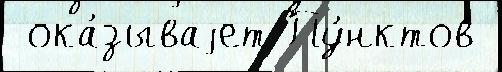
 ока́зываjет Пу́нктов